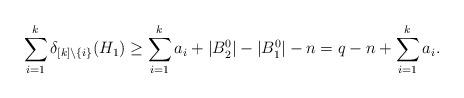
LaTeX: \begin{align*}\sum_{i=1}^k\delta_{[k]\setminus \{i\}}(H_1) \ge \sum_{i=1}^k a_i + |B_2^0| - |B_1^0| - n = q - n + \sum_{i=1}^k a_i.\end{align*}